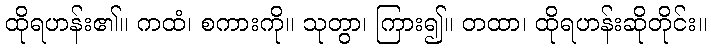
ထိုရဟန်း၏။ ကထံ၊ စကားကို။ သုတွာ၊ ကြား၍။ တထာ၊ ထိုရဟန်းဆိုတိုင်း။